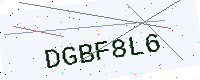
Text: DGBF8L6